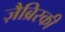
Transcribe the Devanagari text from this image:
ज़ैब्रिस्की